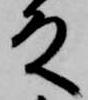
殿